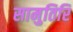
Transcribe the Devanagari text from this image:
सामुतिरि